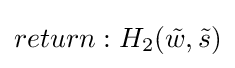
return:H_{2}({\tilde {w}},{\tilde {s}})